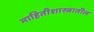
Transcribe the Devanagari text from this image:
माहितीशास्त्रातील